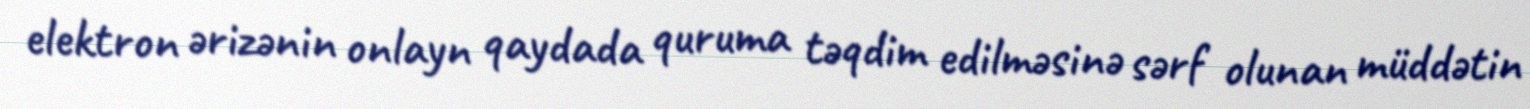
elektron ərizənin onlayn qaydada quruma təqdim edilməsinə sərf olunan müddətin